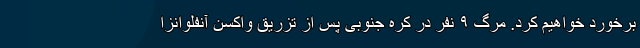
برخورد خواهیم کرد. مرگ ۹ نفر در کره جنوبی پس از تزریق واکسن آنفلوانزا